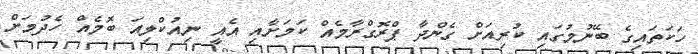
ހަކަތައިގެ ބޭނުމުގައި ކުރިއަށް ގެންދާ ޕްރޮގްރާމެއް ކަމަށާއި އެއީ ނިއުކްލިއަ ބޮމެއް ހެދުމަށް